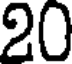
20